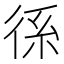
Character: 𭛭